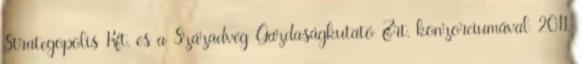
Strategopolis Kft. és a Századvég Gazdaságkutató Zrt. konzorciumával 2011.